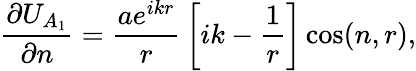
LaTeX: {\frac{\partial U_{A_{1}}}{\partial n}}={\frac{ae^{ikr}}{r}}\left[ik-{\frac{1}{r}}\right]\cos(n,r),